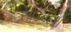
સોડવદરી